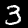
Digit: 3